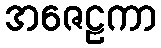
အဇေဠကာ